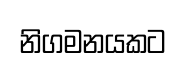
නිගමනයකට